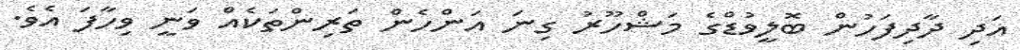
އަދި ދާދިފަހުން ބޮލީވުޑްގެ މަޝްހޫރު ގިނަ އަންހެން ތަރިންތަކެއް ވަނީ ވިހާފަ އެވެ.